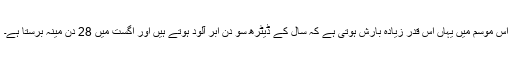
اس موسم میں یہاں اس قدر زیادہ بارش ہوتی ہے کہ سال کے ڈیٹرھ سو دن ابر آلود ہوتے ہیں اور اگست میں 28 دن مینہ برستا ہے۔